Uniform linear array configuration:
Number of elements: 48
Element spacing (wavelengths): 0.75
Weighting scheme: blackman
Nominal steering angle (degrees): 15
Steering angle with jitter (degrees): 16.407
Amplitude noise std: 0.05
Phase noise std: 0.05

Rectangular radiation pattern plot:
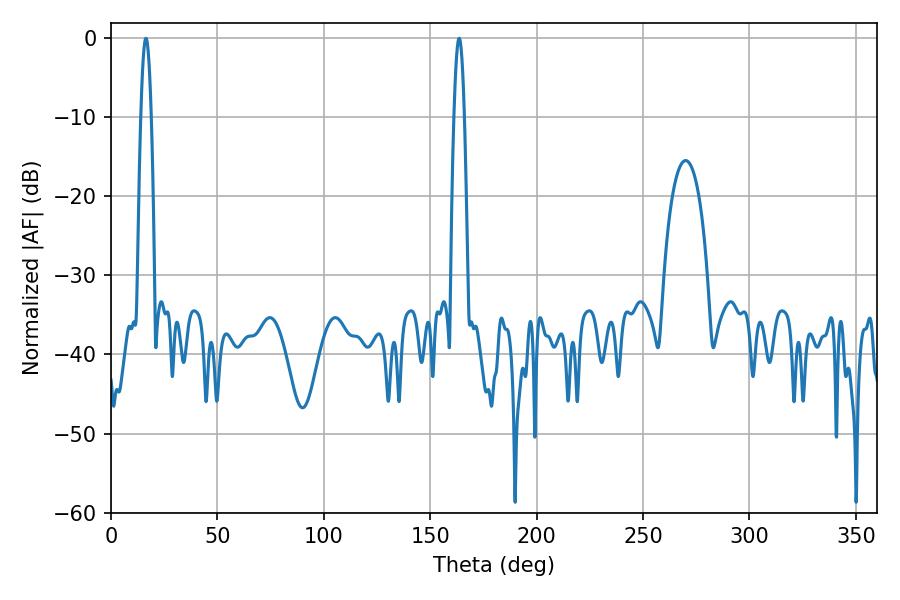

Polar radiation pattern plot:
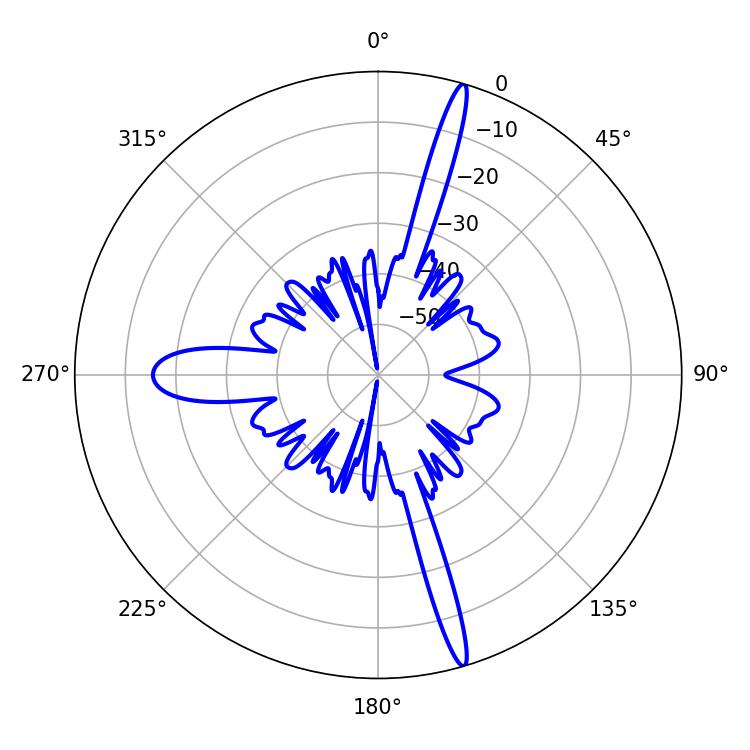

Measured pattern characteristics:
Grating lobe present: TRUE
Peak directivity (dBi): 19.258
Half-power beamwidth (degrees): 2.7
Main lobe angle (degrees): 16.38